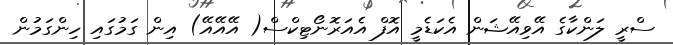
ސްރީ ލަންކާގެ އޭވިއޭޝަން އެކަޑެމީ އޮފް އެއަރޮނޯޓިކްސް( އޭއޭއޭ) އިން ގަމުގައި ހިންގަމުން